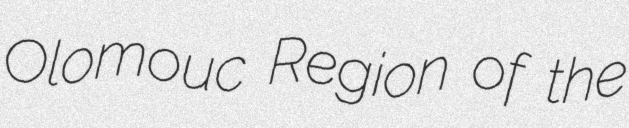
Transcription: Olomouc Region of the